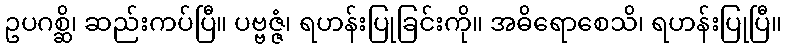
ဥပဂစ္ဆိ၊ ဆည်းကပ်ပြီ။ ပဗ္ဗဇ္ဇံ၊ ရဟန်းပြုခြင်းကို။ အဓိရောစေသိ၊ ရဟန်းပြုပြီ။